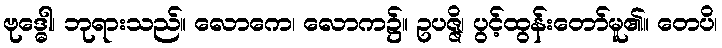
ဗုဒ္ဓေါ၊ ဘုရားသည်။ လောကေ၊ လောက၌။ ဥပဇ္ဇိ၊ ပွင့်ထွန်းတော်မူ၏။ တေပိ၊